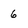
Character: 6